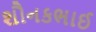
શૌનકભાઈ